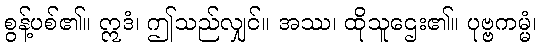
စွန့်ပစ်၏။ ဣဒံ၊ ဤသည်လျှင်။ အဿ၊ ထိုသူဌေး၏။ ပုဗ္ဗကမ္မံ၊